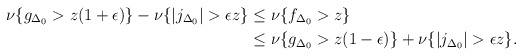
\begin{align*}\nu \{ g_{\Delta_0} > z(1+\epsilon)\} - \nu \{ | j_{\Delta_0}| > \epsilon z\} &\leq \nu \{ f_{\Delta_0} > z\} \\ &\leq \nu\{ g_{\Delta_0} > z(1-\epsilon)\} + \nu \{ | j_{\Delta_0}| >\epsilon z\}.\\\end{align*}